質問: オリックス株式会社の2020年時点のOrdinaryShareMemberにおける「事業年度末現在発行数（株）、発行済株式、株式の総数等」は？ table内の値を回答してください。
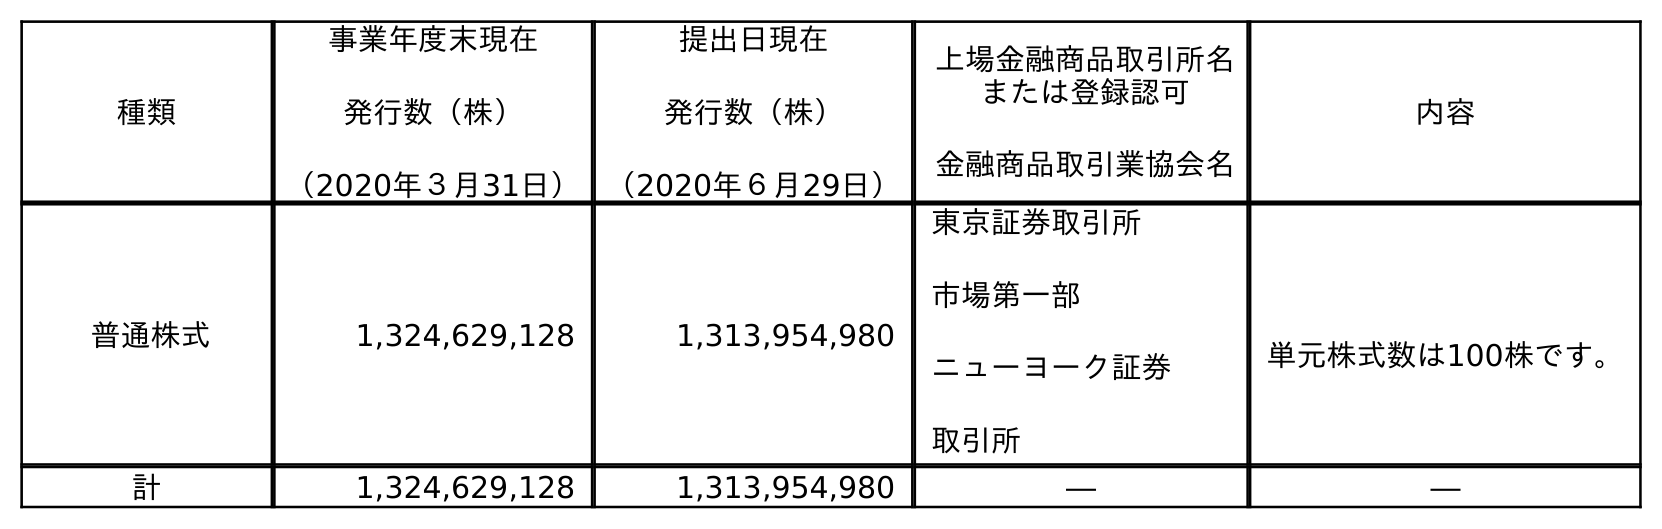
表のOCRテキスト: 種類 事業年度末現在 発行数（株） （2020年３月31日） 提出日現在 発行数（株） （2020年６月29日） 上場金融商品取引所名 または登録認可 金融商品取引業協会名 内容 普通株式 1,324,629,128 1,313,954,980 東京証券取引所 市場第一部 ニューヨーク証券 取引所 単元株式数は100株です。 計 1,324,629,128 1,313,954,980 ― ―
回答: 1,324,629,128